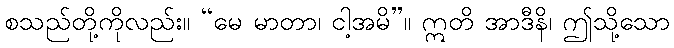
စသည်တို့ကိုလည်း။ “မေ မာတာ၊ ငါ့အမိ”။ ဣတိ အာဒီနိ၊ ဤသို့သော